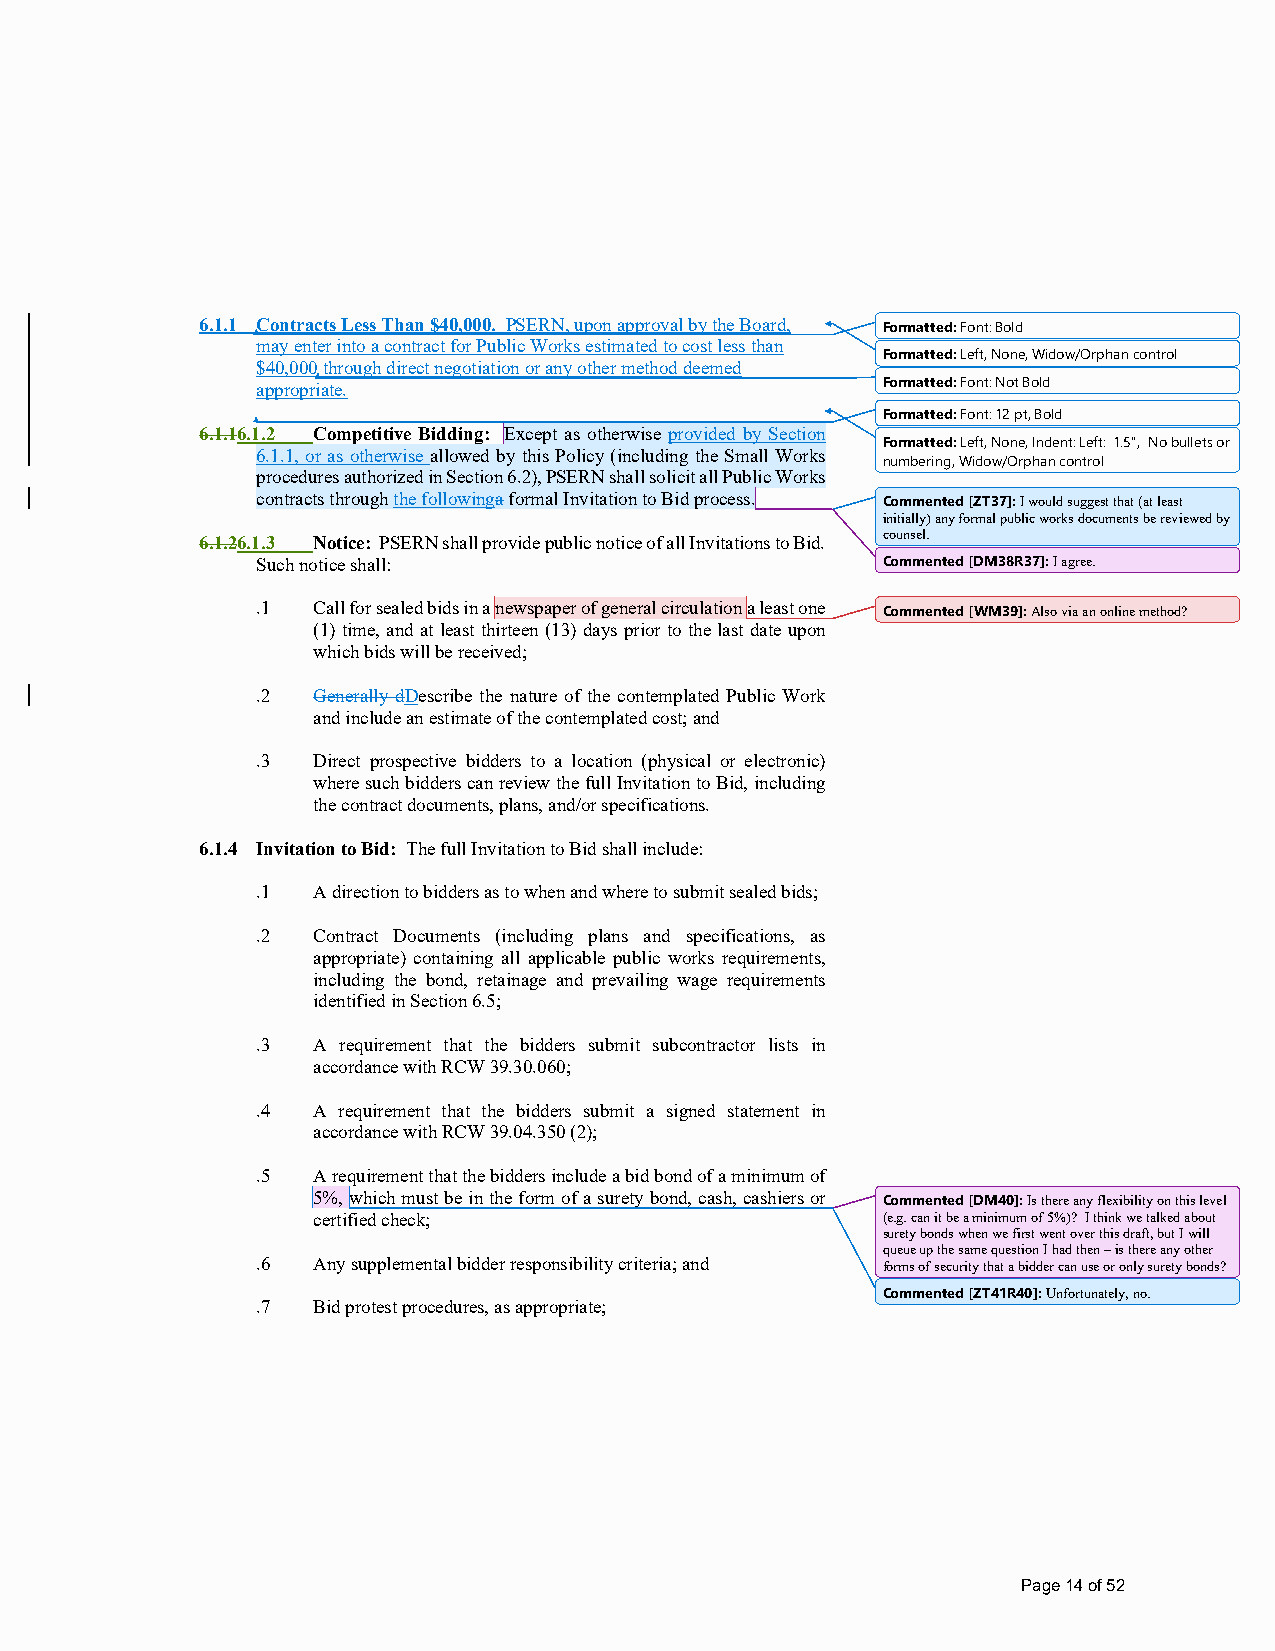
6.1.1 Contracts Less Than $40,000. PSERN, upon approval by the Board, Formatted: Font: Bold
 may enter into a contract for Public Works estimated to cost less than
 Formatted: Left, None, Widow/Orphan control
 $40,000 through direct negotiation or any other method deemed
 appropriate.                             Formatted: Font: Not Bold
 Formatted: Font: 12 pt, Bold
 6.1.16.1.2 Competitive Bidding: Except as otherwise provided by Section
 Formatted: Left, None, Indent: Left: 1.5", No bullets or
 6.1.1, or as otherwise allowed by this Policy (including the Small Works
 numbering, Widow/Orphan control
 procedures authorized in Section 6.2), PSERN shall solicit all Public Works
 contracts through the followinga formal Invitation to Bid process. Commented [ZT37]: I would suggest that (at least
 initially) any formal public works documents be reviewed by
 counsel.
 6.1.26.1.3 Notice: PSERN shall provide public notice of all Invitations to Bid.
 Such notice shall:                       Commented [DM38R37]: I agree.
 .1  Call for sealed bids in a newspaper of general circulation a least one Commented [WM39]: Also via an online method?
 (1) time, and at least thirteen (13) days prior to the last date upon
 which bids will be received;
 .2  Generally dDescribe the nature of the contemplated Public Work
 and include an estimate of the contemplated cost; and
 .3  Direct prospective bidders to a location (physical or electronic)
 where such bidders can review the full Invitation to Bid, including
 the contract documents, plans, and/or specifications.
 6.1.4 Invitation to Bid: The full Invitation to Bid shall include:
 .1  A direction to bidders as to when and where to submit sealed bids;
 .2  Contract Documents (including plans and specifications, as
 appropriate) containing all applicable public works requirements,
 including the bond, retainage and prevailing wage requirements
 identified in Section 6.5;
 .3  A requirement that the bidders submit subcontractor lists in
 accordance with RCW 39.30.060;
 .4  A requirement that the bidders submit a signed statement in
 accordance with RCW 39.04.350 (2);
 .5  A requirement that the bidders include a bid bond of a minimum of
 5%, which must be in the form of a surety bond, cash, cashiers or Commented [DM40]: Is there any flexibility on this level
 certified check;                     (e.g. can it be a minimum of 5%)? I think we talked about
 surety bonds when we first went over this draft, but I will
 queue up the same question I had then – is there any other
 .6  Any supplemental bidder responsibility criteria; and forms of security that a bidder can use or only surety bonds?
 Commented [ZT41R40]: Unfortunately, no.
 .7  Bid protest procedures, as appropriate;
 Page 14 of 52